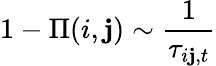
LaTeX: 1-\Pi(i,\mathbf{j})\sim\frac{{1}}{{\tau_{i\mathbf{j},t}}}